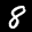
Label: 8